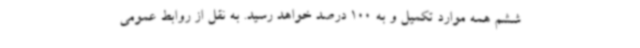
ششم همه موارد تکمیل و به 100 درصد خواهد رسید. به نقل از روابط عمومی